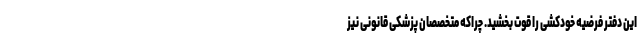
این دفتر فرضیه خودکشی را قوت بخشید. چراکه متخصصان پزشکی قانونی نیز